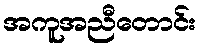
အကူအညီတောင်း